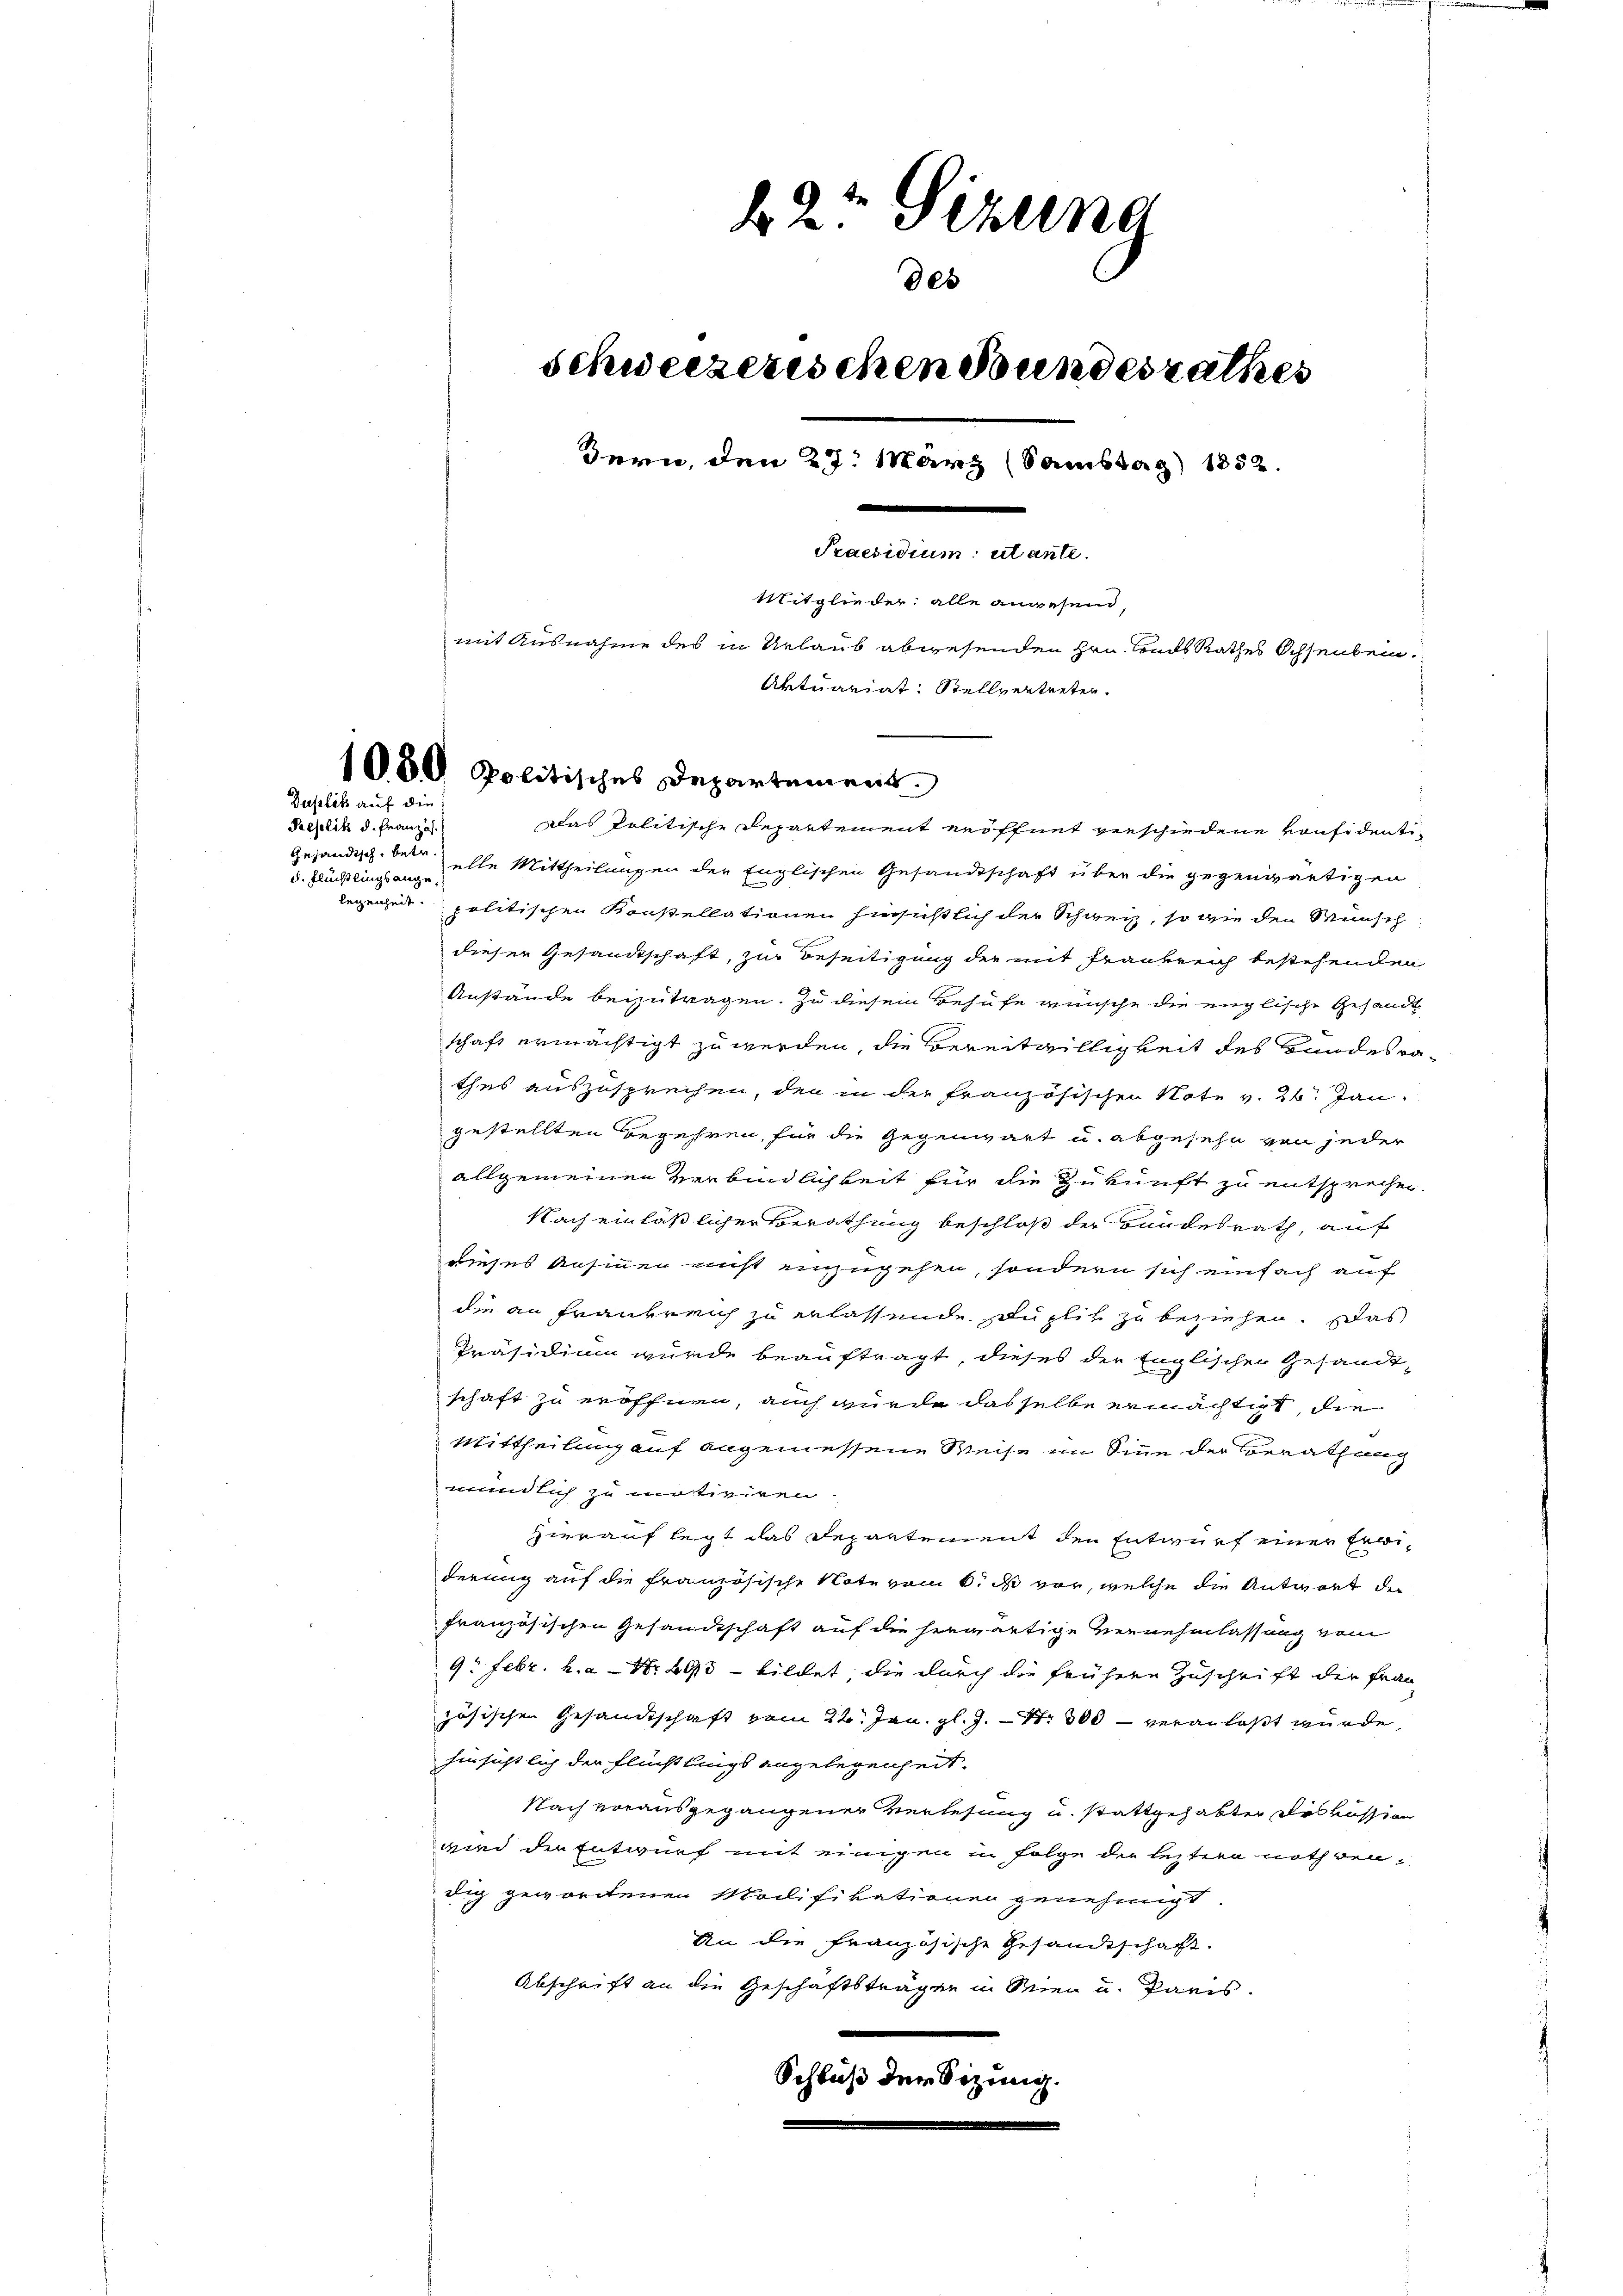
Duplik auf die

Replik d. Französ.
Gesandtsch., betr.
u. Flüchtlingsange¬

b. 2. Sekund
des
Schweizerischen Bundesrathes
Bern, den 27. März (Samstag 1852.
.
Praesidium utante.
Mitglieder alle angesend,
mit Ausnahme des in Urlaub abwesenden Hrn. Lands Rathes Ochsenbein.
Aktuariat: Stellvertreten.

1080 Politisches Departement

Das Politische Departement eröffnet verschiedene vonsidentielle Mittheilungen der Englischen Gesandtschaft über die gegenwärtigen
Regenheit politischen Konstellationen hinsichtlich der Schweiz, so wie den Wunsch
dieser Gesandtschaft, zur Beseitigung der mit Frankreich bestehenden
Anstände beizutragen. Zu diesem Behufe wünsche die englische Gesandt
schaft ermächtigt zu werden, die Bereitwilligkeit des Bundesrathes auszusprechen, den in der französischen Note v. 26. Jan.
gestellten Begehren, für die Gegenwart u. abgesehe von jeder
allgemeinen Verbindlichkeit für die Zukunft zu entsprechen.
Nach einläßlicher Berathung beschloß der Bundesrath, auf
dieses Ansinnen nicht einzugehen, sondern sich einfach auf
die an Frankreich zu erlassende Duplik zu beziehen. Das
Präsidium wurde beauftragt, dieses der Englischen Gesandtschaft zu eröffnen, auch wurde dasselbe ermächtigt, die
Mittheilung auf angemessene Weise im Sinn der Berathung
mündlich zu motiviren.
Hierauf legt das Departement den Entwurf einer Erwiderung auf die französische Note vom 6. d vor, welche die Antwort der
französischen Gesandtschaft auf die herwärtige Vernehmlassung vom
9. Febr. h. a - Nr. 293 - bildet die durch die frühere Zuschrift der Fran-
zösischen Gesandtschaft vom 22. Jan. gl. J. Nr. 300 veranlaßt wurde,
hinsichtlich der Flüchtlings angelegenheit.
Nach vorausgegangener verlesung u. stattgehabter des kassion
wird die Entwurf mit einigen in Folge der leztere nothwendig gewordenen Modifikationen genehmigt
An die französische Gesandtschaft.
Abschrift an die Geschäftsträgen in Wien u. Paris.
Schluß den Sizung.